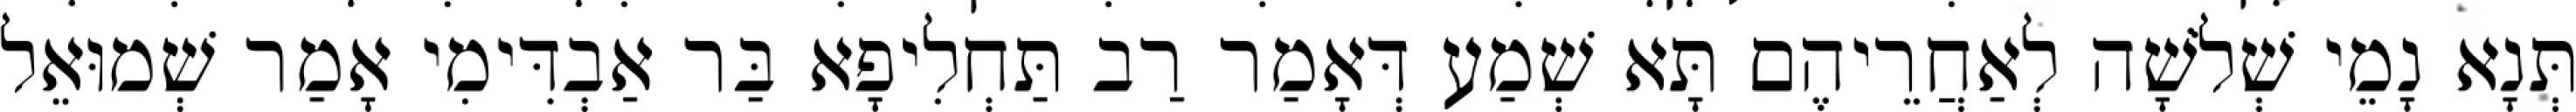
תְּנָא נָמֵי שְׁלֹשָׁה לְאַחֲרֵיהֶם תָּא שְׁמַע דְּאָמַר רַב תַּחְלִיפָא בַּר אַבְדִּימִי אָמַר שְׁמוּאֵל